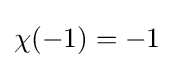
{\textstyle \chi (-1)=-1}